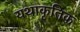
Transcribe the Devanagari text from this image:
यथाकृतिक